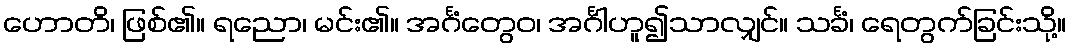
ဟောတိ၊ ဖြစ်၏။ ရညော၊ မင်း၏။ အင်္ဂံတွေဝ၊ အင်္ဂါဟူ၍သာလျှင်။ သင်္ခံ၊ ရေတွက်ခြင်းသို့။